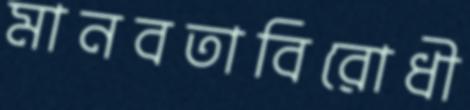
মানবতাবিরোধী